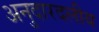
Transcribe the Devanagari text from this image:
अनुदारदलीय